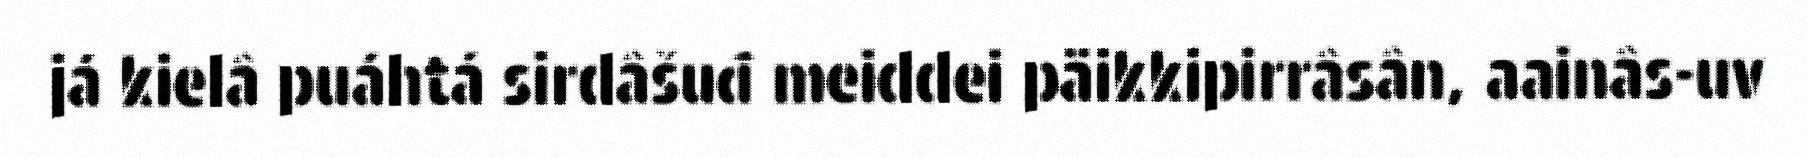
já kielâ puáhtá sirdâšuđ meiddei päikkipirrâsân, aainâs-uv